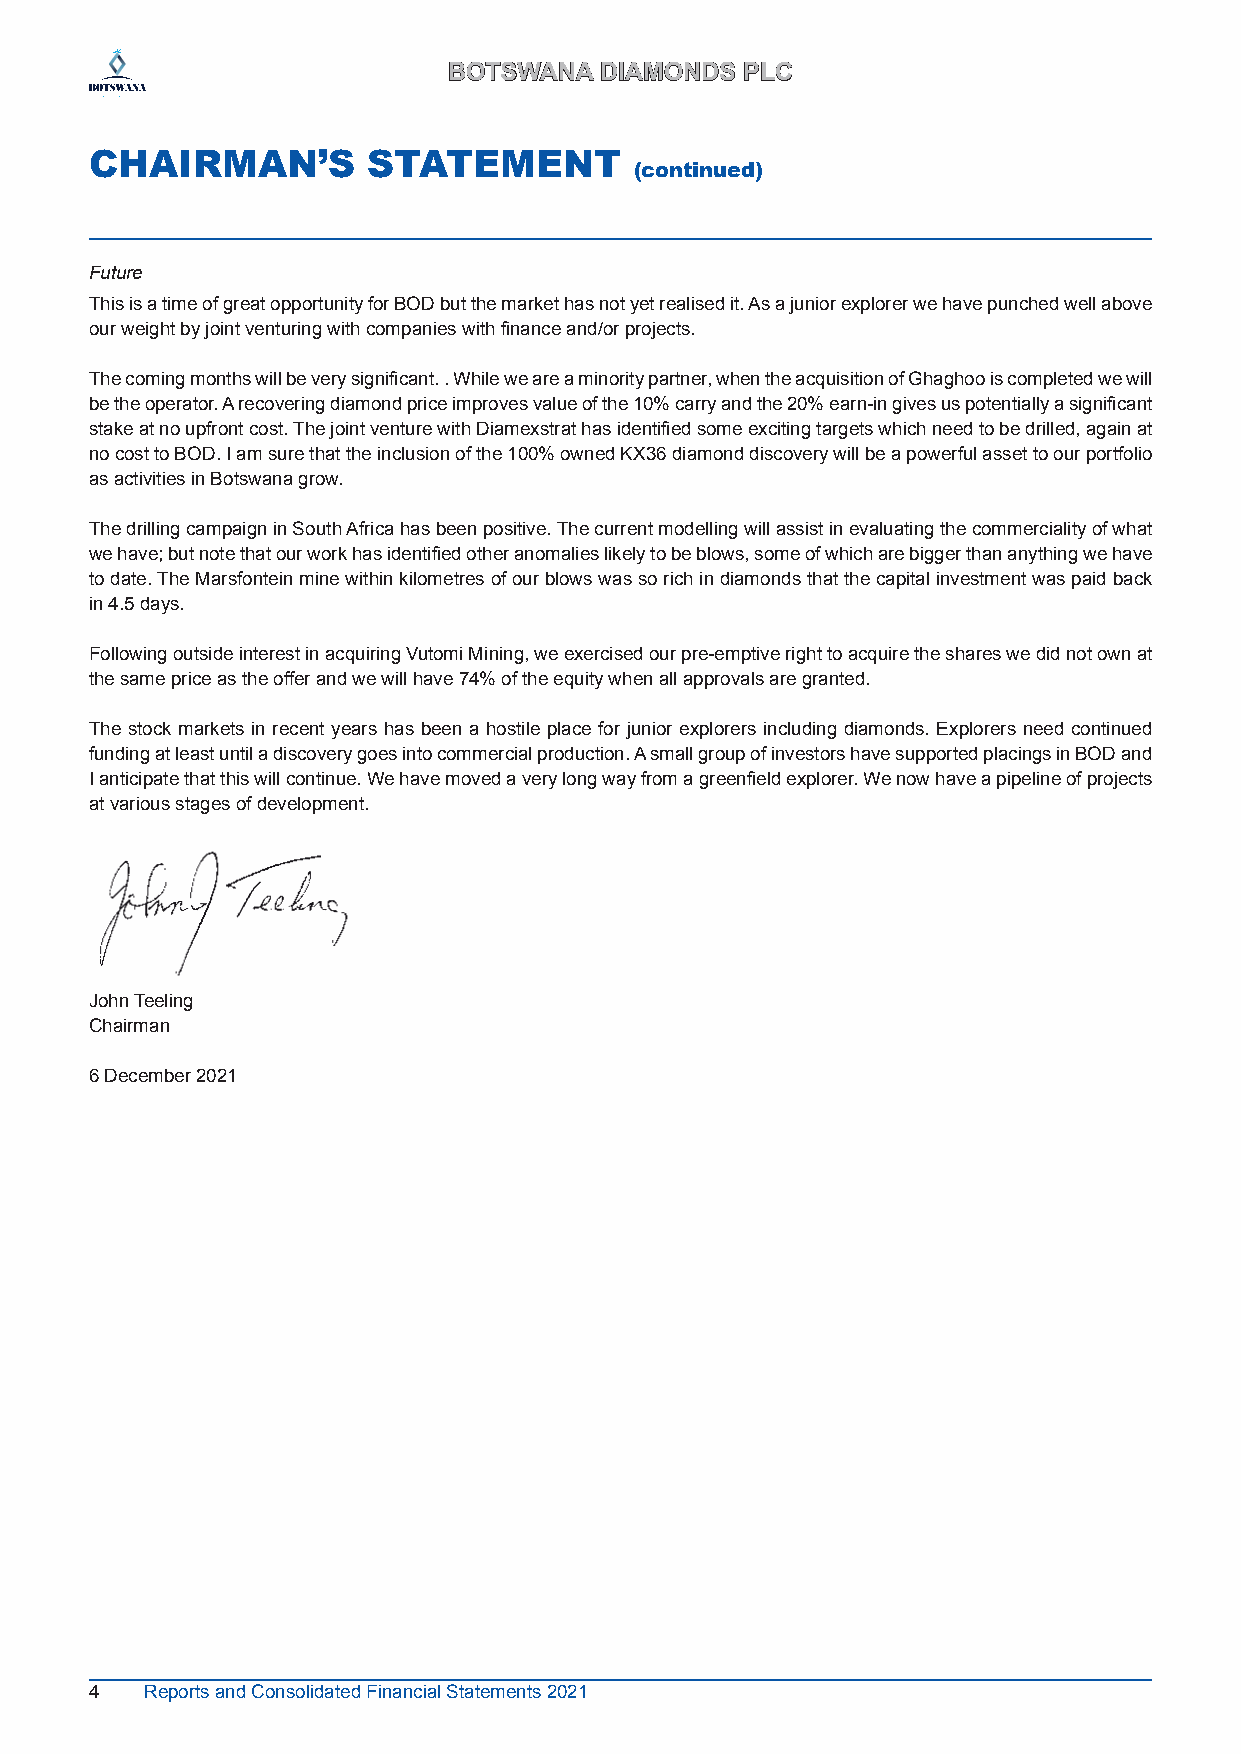
BBOOTTSSWWAANNAA DDIIAAMMOONNDDSS PPLLCC
 CHAIRMAN’S        STATEMENT
 (continued)
 Future
 This is a time of great opportunity for BOD but the market has not yet realised it. As a junior explorer we have punched well above
 our weight by joint venturing with companies with finance and/or projects.
 The coming months will be very significant. . While we are a minority partner, when the acquisition of Ghaghoo is completed we will
 be the operator. A recovering diamond price improves value of the 10% carry and the 20% earn-in gives us potentially a significant
 stake at no upfront cost. The joint venture with Diamexstrat has identified some exciting targets which need to be drilled, again at
 no cost to BOD. I am sure that the inclusion of the 100% owned KX36 diamond discovery will be a powerful asset to our portfolio
 as activities in Botswana grow.
 The drilling campaign in South Africa has been positive. The current modelling will assist in evaluating the commerciality of what
 we have; but note that our work has identified other anomalies likely to be blows, some of which are bigger than anything we have
 to date. The Marsfontein mine within kilometres of our blows was so rich in diamonds that the capital investment was paid back
 in 4.5 days.
 Following outside interest in acquiring Vutomi Mining, we exercised our pre-emptive right to acquire the shares we did not own at
 the same price as the offer and we will have 74% of the equity when all approvals are granted.
 The stock markets in recent years has been a hostile place for junior explorers including diamonds. Explorers need continued
 funding at least until a discovery goes into commercial production. A small group of investors have supported placings in BOD and
 I anticipate that this will continue. We have moved a very long way from a greenfield explorer. We now have a pipeline of projects
 at various stages of development.
 John Teeling
 Chairman
 6 December 2021
 4   Reports and Consolidated Financial Statements 2021